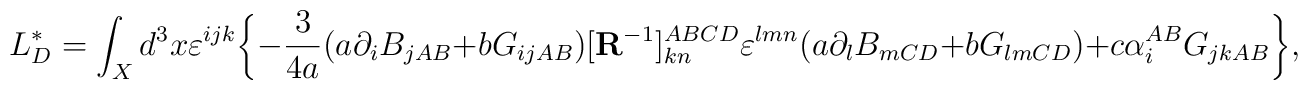
L_{D}^{\ast }=\int_{X}d^{3}x\varepsilon ^{ijk}\bigg \{-{\frac{3}{4a}}(a\partial _{i}B_{jAB}+bG_{ijAB})[{\bf R}^{-1}]_{kn}^{ABCD}\varepsilon^{lmn}(a\partial _{l}B_{mCD}+bG_{lmCD})+c\alpha _{i}^{AB}G_{jkAB}\bigg\},